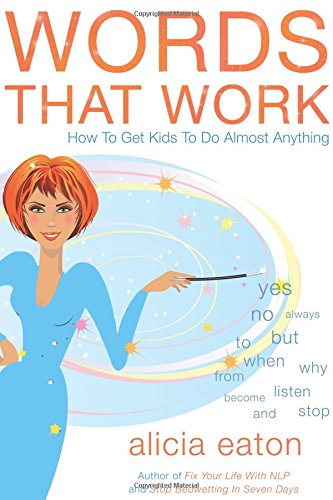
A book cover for Words that Work: How to Get Kids To Do Almost Anything; Alicia Eaton; Parenting & Relationships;